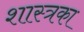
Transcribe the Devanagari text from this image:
शास्त्रका